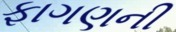
ફાગણની